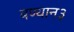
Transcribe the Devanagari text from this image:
बण्यान३